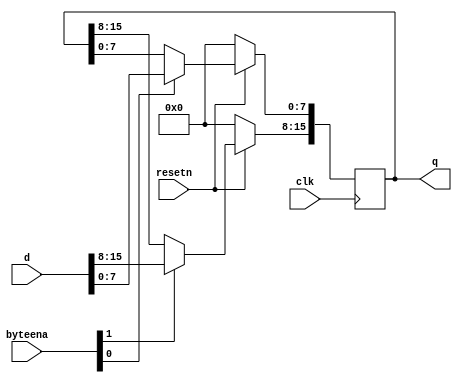
module top_module (
    input clk,
    input resetn,
    input [1:0] byteena,
    input [15:0] d,
    output [15:0] q
);
    always @(posedge clk) begin
        if (!resetn) q <= 0;
        else begin
            if (byteena[0]) q[0 +: 8] <= d[0 +: 8];
            if (byteena[1]) q[8 +: 8] <= d[8 +: 8];
        end
    end

endmodule